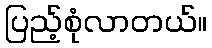
ပြည့်စုံလာတယ်။